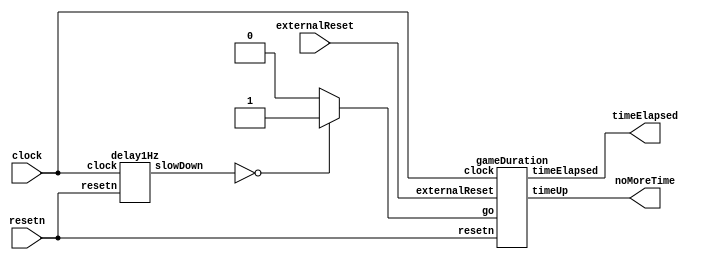
module countTime(
	input clock, 
	input resetn,
	input externalReset,
	output noMoreTime,
	output [6:0] timeElapsed
	);
	
	wire [25:0] slowDown;
	
	delay1Hz DELAY(
		.clock(clock),
		.resetn(resetn),
		.slowDown(slowDown)
	);
	
	wire go; //if 1 second has passed, count up by 1 in timeElapsed
	assign go = (slowDown == 0) ? 1'b1 : 1'b0;
	
	gameDuration DURATION(
		.go(go),
		.clock(clock),
		.resetn(resetn),
		.timeUp(noMoreTime),
		.externalReset(externalReset),
		.timeElapsed(timeElapsed)
	);
	
endmodule

module delay1Hz(
	input clock,
	input resetn,
	output reg [25:0] slowDown
	);

	always @ (posedge clock)
	begin
		if(!resetn)
			slowDown <= 26'd49_999_999; //counting down from 49,999,999 slows down the frequency to 1 Hz
		else if(slowDown == 1'b0)
			slowDown <= 26'd49_999_999;
		else
			slowDown <= slowDown - 1'b1;
	end
	
endmodule

module gameDuration(
	input clock,
	input resetn, 
	input go,
	input externalReset,
	output timeUp,
	output reg [6:0] timeElapsed
	);
	
	localparam timeLimit = 7'd100;

	always @ (posedge clock)
	begin
		if(!resetn || externalReset)
			timeElapsed <= 7'd0;
		else if(timeElapsed == (timeLimit + 1'b1)) //if time limit has been reached
			timeElapsed <= 7'd0;
		else if(go && !externalReset && !timeUp)
			timeElapsed <= timeElapsed + 1'b1; //increment the time elapsed during the game
		else if(timeUp) //if time's up don't change the time elapsed
			timeElapsed <= timeElapsed;
	end
	
	assign timeUp = (timeElapsed == timeLimit) ? 1'b1 : 1'b0;

endmodule